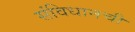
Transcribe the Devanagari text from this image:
संविधानची